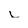
Character: L